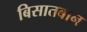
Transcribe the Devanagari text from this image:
बिसातबान